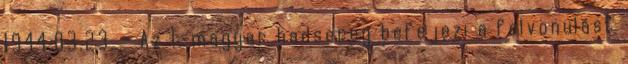
1944.03.23. - Az 1. magyar hadsereg befejezi a felvonulást